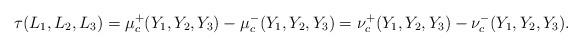
LaTeX: \begin{align*} \tau(L_1,L_2,L_3)= \mu_c^{+}(Y_1,Y_2,Y_3)-\mu_c^{-}(Y_1,Y_2,Y_3)=\nu_c^{+}(Y_1,Y_2,Y_3)-\nu_c^{-}(Y_1,Y_2,Y_3).\end{align*}